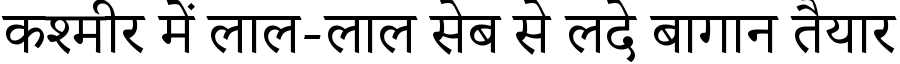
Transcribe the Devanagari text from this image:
कश्मीर में लाल-लाल सेब से लदे बागान तैयार